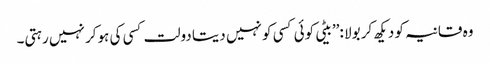
وہ قانیہ کو دیکھ کر بولا :’’بیٹی کوئی کسی کو نہیں دیتا دولت کسی کی ہوکر نہیں رہتی۔